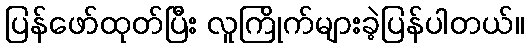
ပြန်ဖော်ထုတ်ပြီး လူကြိုက်များခဲ့ပြန်ပါတယ်။